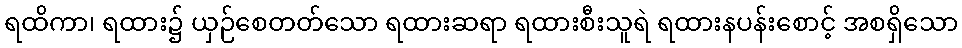
ရထိကာ၊ ရထား၌ ယှဉ်စေတတ်သော ရထားဆရာ ရထားစီးသူရဲ ရထားနပန်းစောင့် အစရှိသော